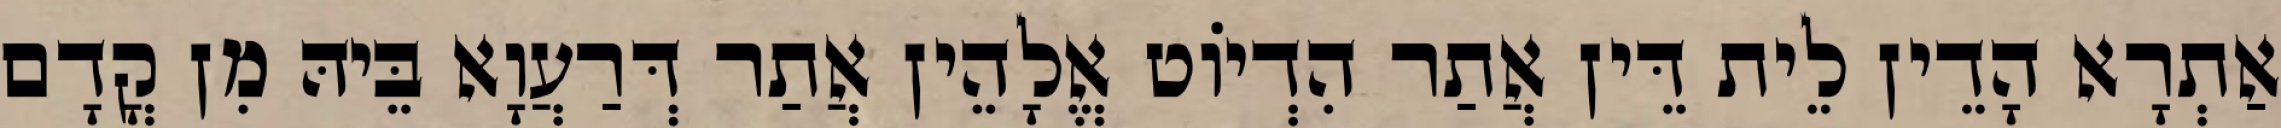
אַתְרָא הָדֵין לֵית דֵּין אֲתַר הִדְיוֹט אֱלָהֵין אֲתַר דְּרַעֲוָא בֵּיהּ מִן קֳדָם